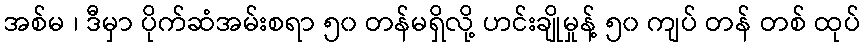
အစ်မ ၊ ဒီမှာ ပိုက်ဆံအမ်းစရာ ၅၀ တန်မရှိလို့ ဟင်းချိုမှုန့် ၅၀ ကျပ် တန် တစ် ထုပ်